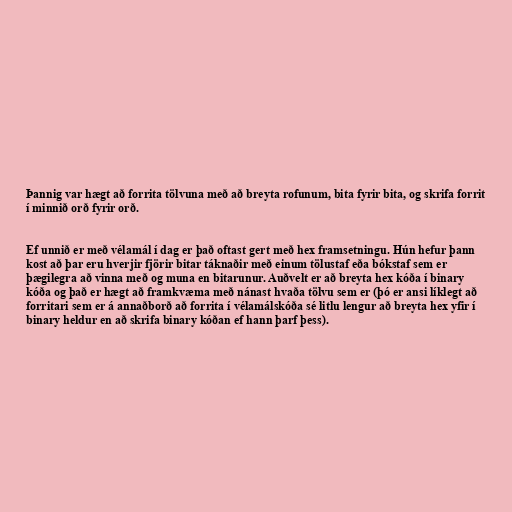
Þannig var hægt að forrita tölvuna með að breyta rofunum, bita fyrir bita, og skrifa forrit
í minnið orð fyrir orð.

Ef unnið er með vélamál í dag er það oftast gert með hex framsetningu. Hún hefur þann
kost að þar eru hverjir fjörir bitar táknaðir með einum tölustaf eða bókstaf sem er
þægilegra að vinna með og muna en bitarunur. Auðvelt er að breyta hex kóða í binary
kóða og það er hægt að framkvæma með nánast hvaða tölvu sem er (þó er ansi líklegt að
forritari sem er á annaðborð að forrita í vélamálskóða sé litlu lengur að breyta hex yfir í
binary heldur en að skrifa binary kóðan ef hann þarf þess).